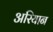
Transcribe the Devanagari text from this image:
अरियान